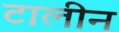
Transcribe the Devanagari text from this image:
टालीन